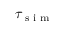
\tau _ { \textrm { s i m } }